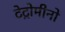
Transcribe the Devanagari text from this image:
टेट्रोमीनो